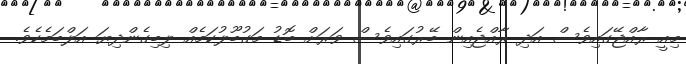
މިއީ ރާއްޖޭގައިވެސް އަދި ރާއްޖެއިން ބޭރުގައިވެސް ވަރަށް ބޮޑު މަގުބޫލުކަމެއް ލިބިގެންދިޔަ އަލްބަމެކެވެ.